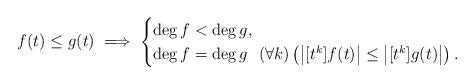
LaTeX: \begin{align*} f(t) \leq g(t) \implies \begin{cases} \deg f < \deg g, \\ \deg f = \deg g ~ ~ (\forall k)\left(\left|[t^k]f(t) \right| \leq \left|[t^k]g(t) \right|\right). \end{cases}\end{align*}